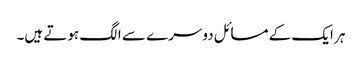
ہر ایک کے مسائل دوسرے سے الگ ہوتے ہیں۔